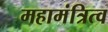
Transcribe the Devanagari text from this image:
महामंत्रित्व